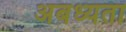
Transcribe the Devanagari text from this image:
अबध्यता